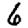
Digit: 6